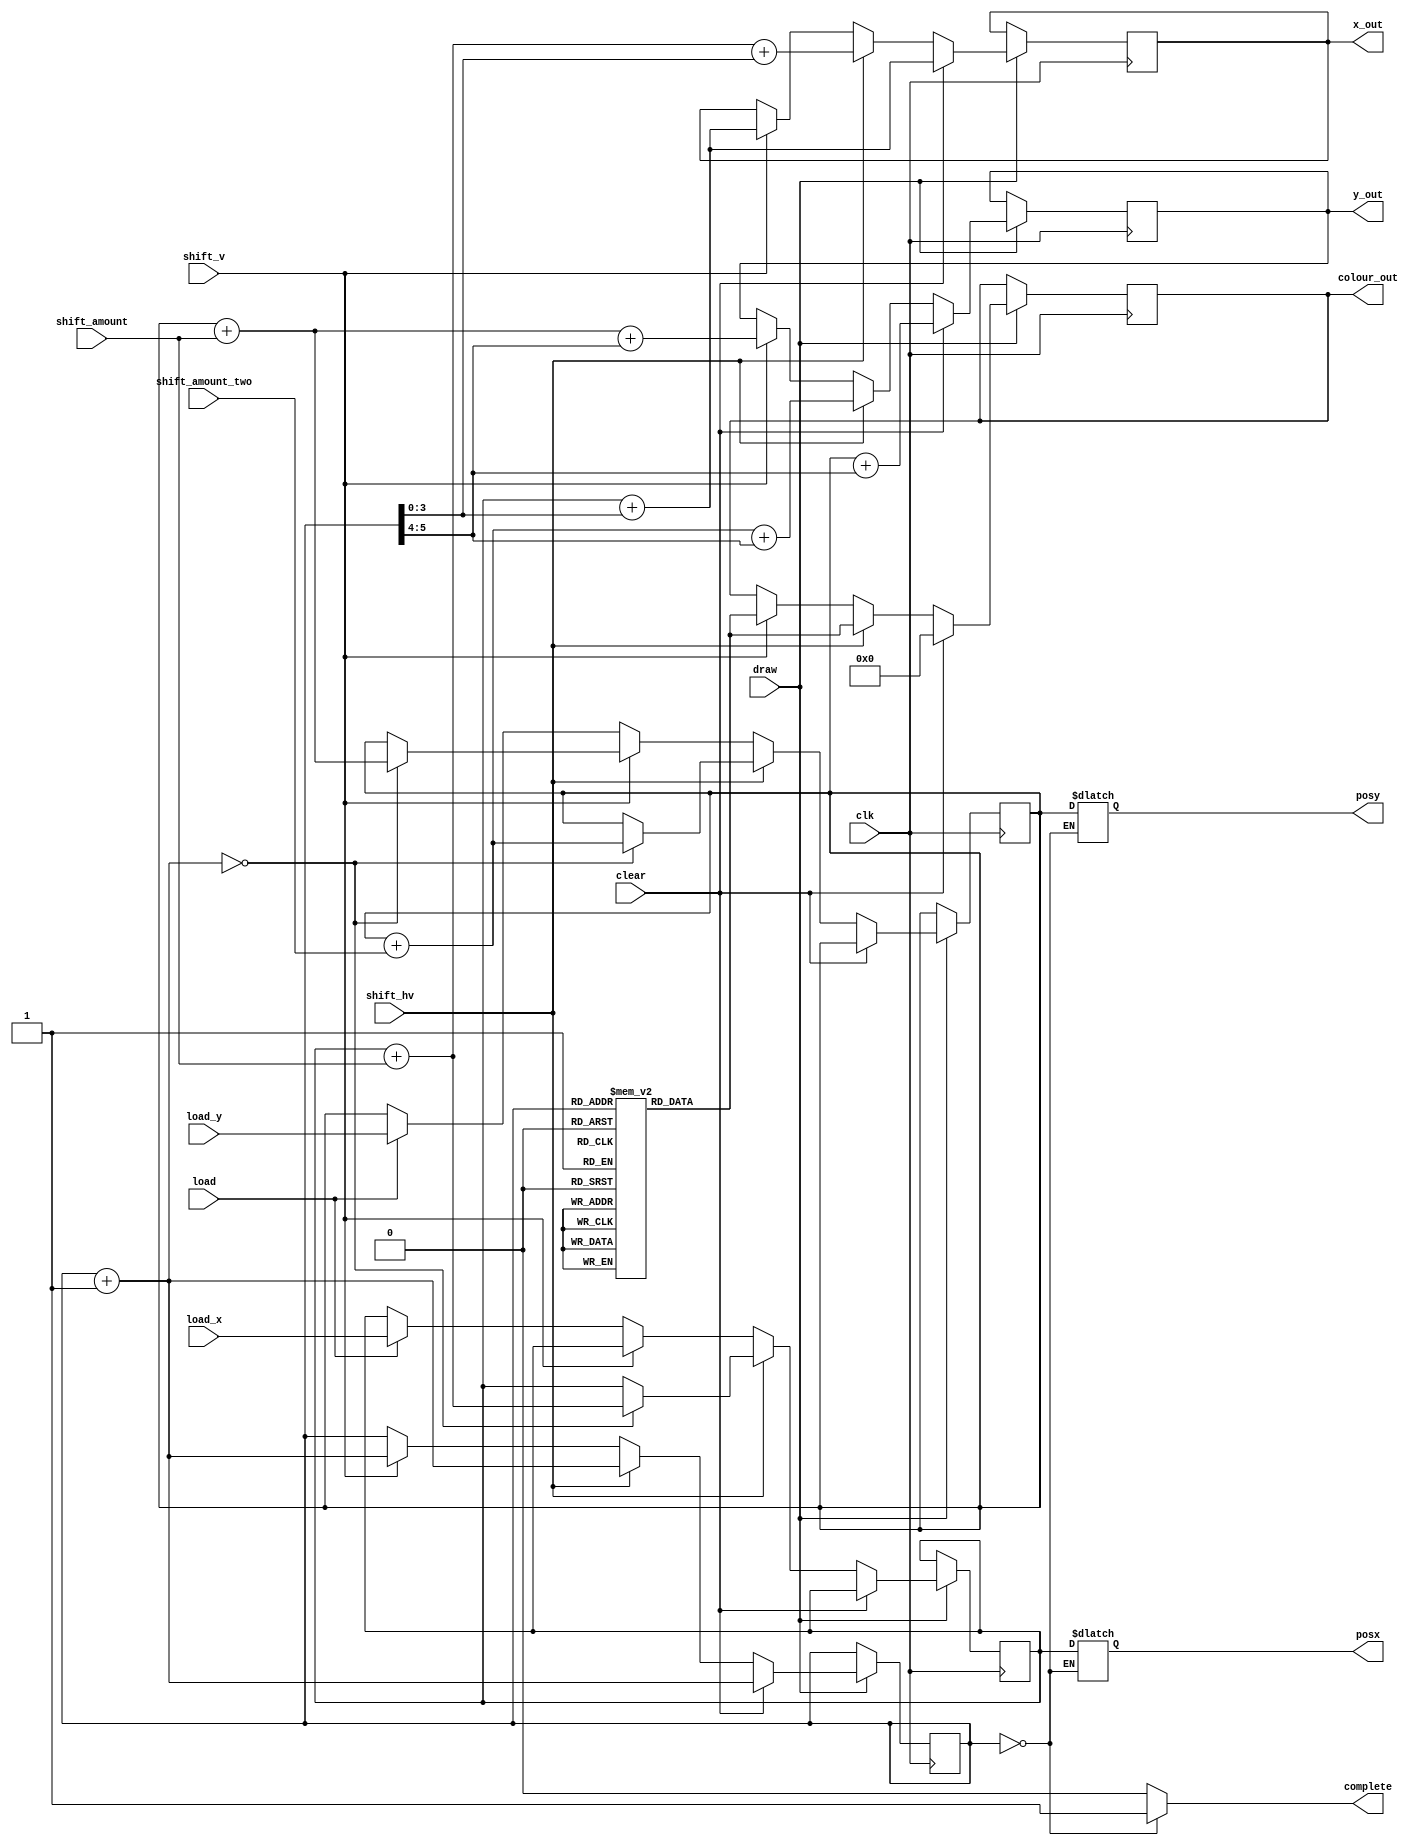
module missile_r_sprite_control(
	input clk,
	input draw,
    input clear,
    input shift_hv,
    input shift_v,
    input load,
    input [6:0] shift_amount,
	 input [6:0] shift_amount_two,
    input [7:0] load_x,
    input [6:0] load_y,
    output reg complete,
    output reg [7:0] x_out,
    output reg [6:0] y_out,
    output reg [11:0] colour_out,
	 output reg [7:0] posx,
	 output reg [6:0] posy
    );

    reg [7:0] x_pos;
    reg [6:0] y_pos;
    reg [11:0] sprite [0:63]; 
    reg [5:0] pointer;

    initial begin
        x_pos = 8'b0;
        y_pos = 7'd20;
        pointer = 1'b0;

        sprite[0] = 12'b111001100000;
        sprite[1] = 12'b111001100000;
        sprite[2] = 12'b111010000001;
        sprite[3] = 12'b111011001000;
        sprite[4] = 12'b111011011110;
        sprite[5] = 12'b111011011110;
        sprite[6] = 12'b111011011110;
        sprite[7] = 12'b111011011110;
        sprite[8] = 12'b111011011110;
        sprite[9] = 12'b111011011110;
        sprite[10] = 12'b111011011110;
        sprite[11] = 12'b111011011110;
        sprite[12] = 12'b111011011110;
        sprite[13] = 12'b110100110100;
        sprite[14] = 12'b110100110100;
        sprite[15] = 12'b000000000000;
        sprite[16] = 12'b000000000000;
        sprite[17] = 12'b111001100000;
        sprite[18] = 12'b111010000001;
        sprite[19] = 12'b111011001000;
        sprite[20] = 12'b111011011110;
        sprite[21] = 12'b111011011110;
        sprite[22] = 12'b111011011110;
        sprite[23] = 12'b111011011110;
        sprite[24] = 12'b111011011110;
        sprite[25] = 12'b111011000010;
        sprite[26] = 12'b111011000010;
        sprite[27] = 12'b111011000010;
        sprite[28] = 12'b111011000010;
        sprite[29] = 12'b110100110100;
        sprite[30] = 12'b110100110100;
        sprite[31] = 12'b110100110100;
        sprite[32] = 12'b000000000000;
        sprite[33] = 12'b101101000000;
        sprite[34] = 12'b101110000000;
        sprite[35] = 12'b101110100111;
        sprite[36] = 12'b101010001010;
        sprite[37] = 12'b101010001010;
        sprite[38] = 12'b101010001010;
        sprite[39] = 12'b101010001010;
        sprite[40] = 12'b101010001010;
        sprite[41] = 12'b110110110000;
        sprite[42] = 12'b101010001010;
        sprite[43] = 12'b101010001010;
        sprite[44] = 12'b101010001010;
        sprite[45] = 12'b111100000000;
        sprite[46] = 12'b111100000000;
        sprite[47] = 12'b111100000000;
        sprite[48] = 12'b101101000000;
        sprite[49] = 12'b101101000000;
        sprite[50] = 12'b101110000000;
        sprite[51] = 12'b101110100111;
        sprite[52] = 12'b101010001010;
        sprite[53] = 12'b101010001010;
        sprite[54] = 12'b101010001010;
        sprite[55] = 12'b101010001010;
        sprite[56] = 12'b101010001010;
        sprite[57] = 12'b101010001010;
        sprite[58] = 12'b101010001010;
        sprite[59] = 12'b101010001010;
        sprite[60] = 12'b101010001010;
        sprite[61] = 12'b111100000000;
        sprite[62] = 12'b111100000000;
        sprite[63] = 12'b000000000000;
    end

    always@(negedge clk) begin
		  if (draw) begin
			  if (clear) 
					begin
						 x_out = x_pos + pointer[3:0];
						 y_out = y_pos + pointer[5:4];
						 colour_out = 1'b0;
						 pointer = pointer + 1'b1;
					end
			  else if (shift_hv)
					begin
						 x_out = x_pos + shift_amount + pointer[3:0];
						 y_out = y_pos + shift_amount_two + pointer[5:4];
						 colour_out = sprite[pointer];
						 pointer = pointer + 1'b1;
						 if (pointer == 1'b0) begin
							  x_pos = x_pos + shift_amount;
                       y_pos = y_pos + shift_amount_two;
						end
					end
			  else if (shift_v)
					begin
						 x_out = x_pos + pointer[3:0];
						 y_out = y_pos + shift_amount + pointer[5:4];
						 colour_out = sprite[pointer];
						 pointer = pointer + 1'b1;
						 if (pointer == 1'b0)
							  y_pos = y_pos + shift_amount;
					end
                else if (load)
                    begin
                        x_pos = load_x;
                        y_pos = load_y;
                    end
			end
    end

    always @(*)begin
		if(pointer == 1'b0)
		begin
			complete = 1'b1;
			posy <= y_pos;
			posx <= x_pos;
		end
		else
			complete = 1'b0;
	end
endmodule